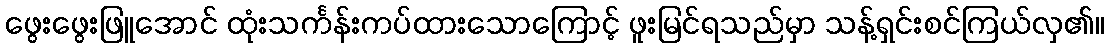
ဖွေးဖွေးဖြူအောင် ထုံးသင်္ကန်းကပ်ထားသောကြောင့် ဖူးမြင်ရသည်မှာ သန့်ရှင်းစင်ကြယ်လှ၏။